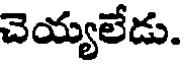
చెయ్యలేడు.